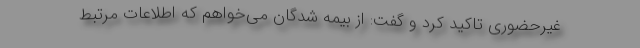
غیرحضوری تاکید کرد و گفت: از بیمه شدگان می‌خواهم که اطلاعات مرتبط